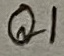
Text: Q1